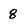
Character: 8